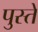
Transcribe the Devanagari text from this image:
पुस्ते